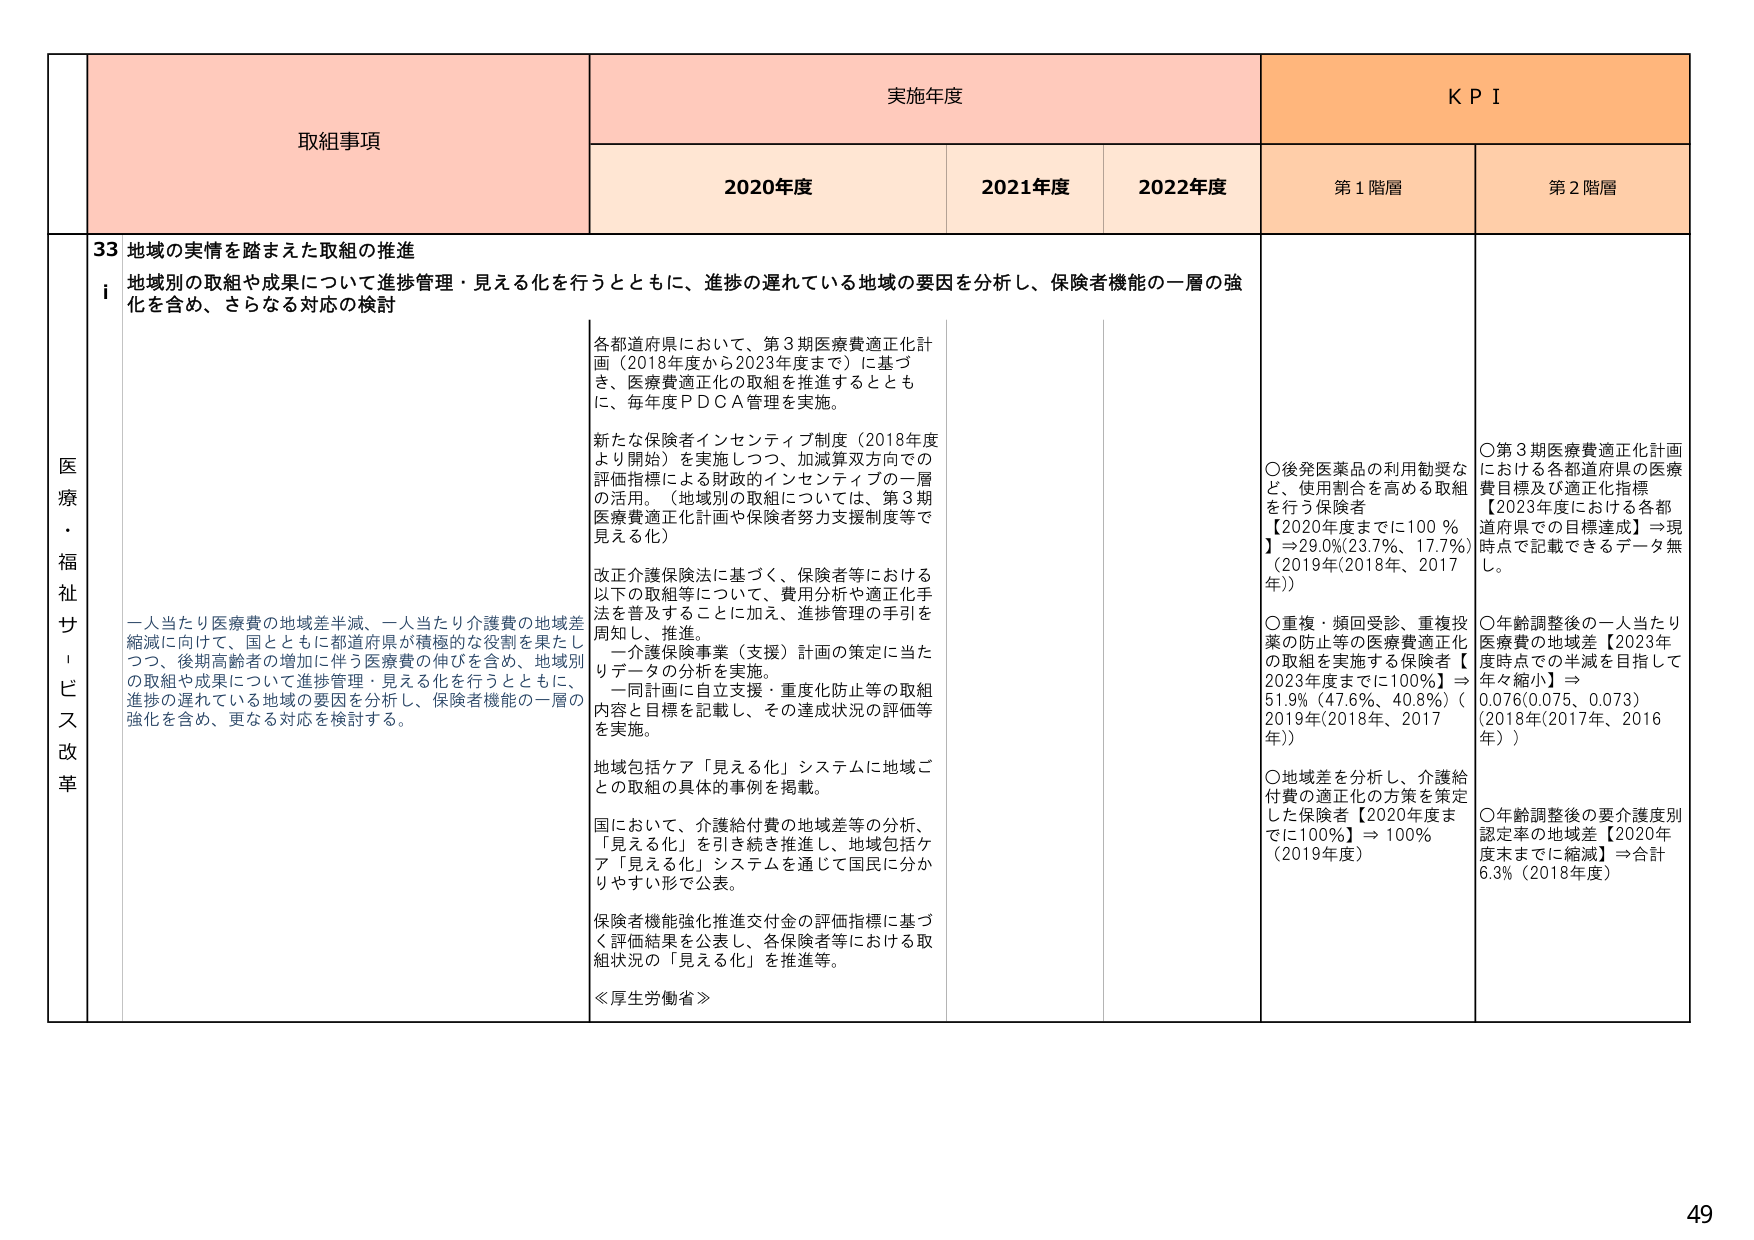
医療・福祉サービス改革

取組事項

実施年度

KPI

2020年度

2021年度

2022年度

第1階層

第2階層

33 地域の実情を踏まえた取組の推進
i 地域別の取組や成果について進捗管理・見える化を行うとともに、進捗の遅れている地域の要因を分析し、保険者機能の一層の強化を含め、さらなる対応の検討

一人当たり医療費の地域差半減、一人当たり介護費の地域差縮減に向けて、国とともに都道府県が積極的な役割を果たしつつ、後期高齢者の増加に伴う医療費の伸びを含め、地域別の取組や成果について進捗管理・見える化を行うとともに、進捗の遅れている地域の要因を分析し、保険者機能の一層の強化を含め、更なる対応を検討する。

各都道府県において、第3期医療費適正化計画（2018年度から2023年度まで）に基づき、医療費適正化の取組を推進するとともに、毎年度PDCA管理を実施。

新たな保険者インセンティブ制度（2018年度より開始）を実施しつつ、加減算双方向での評価指標による財政的インセンティブの一層の活用。（地域別の取組については、第3期医療費適正化計画や保険者努力支援制度等で見える化）

改正介護保険法に基づく、保険者等における以下の取組等について、費用分析や適正化手法を普及することに加え、進捗管理の手引を周知し、推進。
　一介護保険事業（支援）計画の策定に当たりデータの分析を実施。
　一同計画に自立支援・重度化防止等の取組内容と目標を記載し、その達成状況の評価等を実施。

地域包括ケア「見える化」システムに地域ごとの取組の具体的事例を掲載。

国において、介護給付費の地域差等の分析、「見える化」を引き続き推進し、地域包括ケア「見える化」システムを通じて国民に分かりやすい形で公表。

保険者機能強化推進交付金の評価指標に基づく評価結果を公表し、各保険者等における取組状況の「見える化」を推進等。

≪厚生労働省≫

〇後発医薬品の利用勧奨など、使用割合を高める取組を行う保険者
【2020年度までに100％】⇒29.0％(23.7％、17.7％)（2019年(2018年、2017年)）

〇重複・頻回受診、重複投薬の防止等の医療費適正化の取組を実施する保険者【2023年度までに100％】⇒51.9％（47.6％、40.8％）（2019年(2018年、2017年)）

〇地域差を分析し、介護給付費の適正化の方策を策定した保険者【2020年度までに100％】⇒100％（2019年度）

〇第3期医療費適正化計画における各都道府県の医療費目標及び適正化指標
【2023年度における各都道府県での目標達成】⇒現時点で記載できるデータ無し。

〇年齢調整後の一人当たり医療費の地域差【2023年度時点での半減を目指して年々縮小】⇒0.076(0.075、0.073)（2018年(2017年、2016年)）

〇年齢調整後の要介護度別認定率の地域差【2020年度末までに縮減】⇒合計6.3％（2018年度）

49